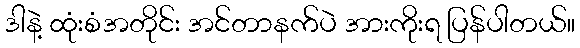
ဒါနဲ့ ထုံးစံအတိုင်း အင်တာနက်ပဲ အားကိုးရ ပြန်ပါတယ်။